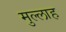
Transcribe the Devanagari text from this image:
मुल्‍लाह